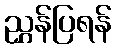
ညွှန်ပြရန်